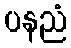
ပနညံ